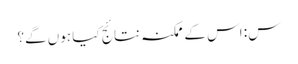
س: اس کے ممکنہ نتائج کیا ہوں گے؟